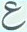
ع